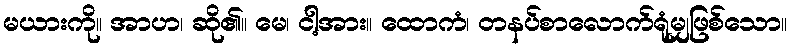
မယားကို။ အာဟ၊ ဆို၏။ မေ၊ ငါ့အား။ ထောကံ၊ တနပ်စာလောက်ရုံမျှဖြစ်သော။